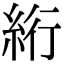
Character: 絎